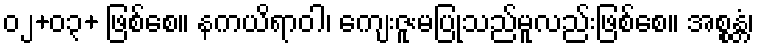
၀၂+၀၃+ ဖြစ်စေ။ နကယိရာဝါ၊ ကျေးဇူးမပြုသည်မူလည်းဖြစ်စေ။ အစ္စန္တံ၊